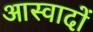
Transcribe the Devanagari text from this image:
आस्वादों